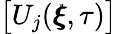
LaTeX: \big[U_{j}(\pmb{\xi},\tau)\big]